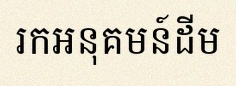
រកអនុគមន៍ដើម